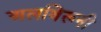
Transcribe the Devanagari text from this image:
अलबिरूनी